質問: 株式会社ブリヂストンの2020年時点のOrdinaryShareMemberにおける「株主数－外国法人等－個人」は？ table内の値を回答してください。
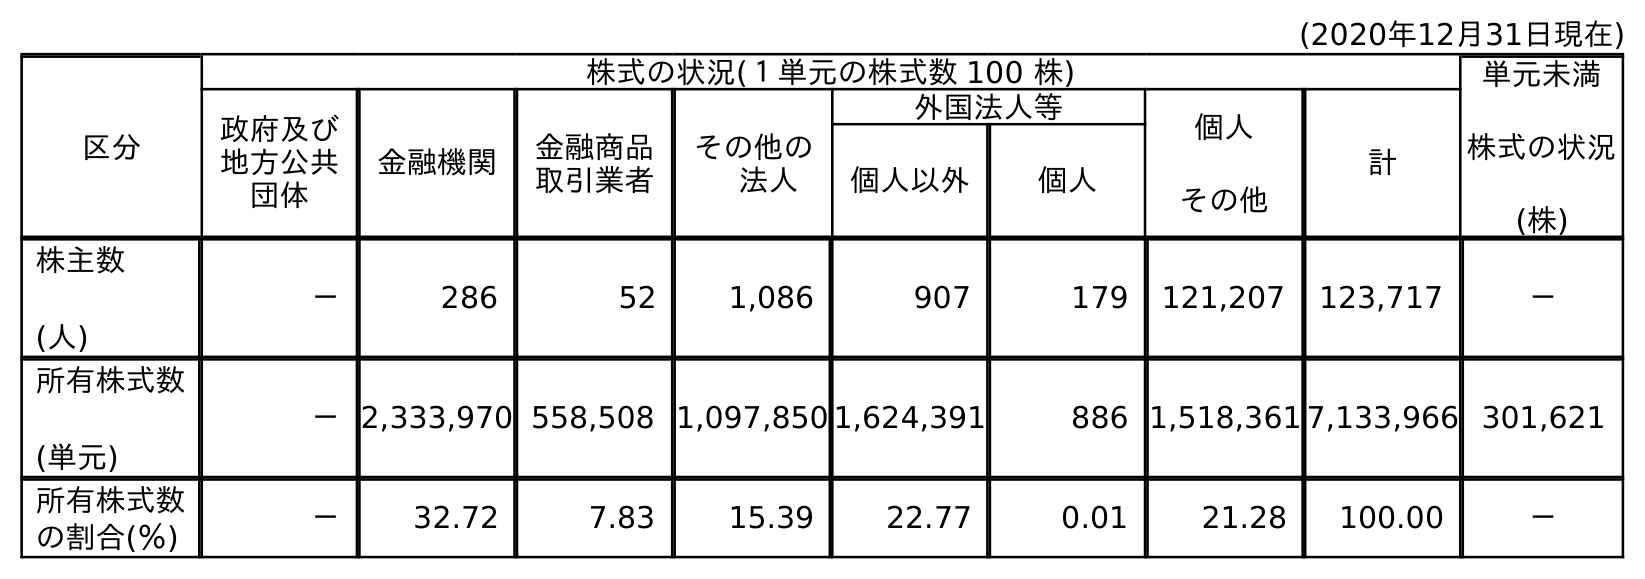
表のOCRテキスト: (2020年12月31日現在) 区分 株式の状況(１単元の株式数 100 株) 単元未満 株式の状況 (株) 政府及び 地方公共 団体 金融機関 金融商品 取引業者 その他の  法人 外国法人等 個人 その他 計 個人以外 個人 株主数 (人) － 286 52 1,086 907 179 121,207 123,717 － 所有株式数 (単元) －2,333,970 558,508 1,097,850 1,624,391 886 1,518,361 7,133,966 301,621 所有株式数 の割合(％) － 32.72 7.83 15.39 22.77 0.01 21.28 100.00 －
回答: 179